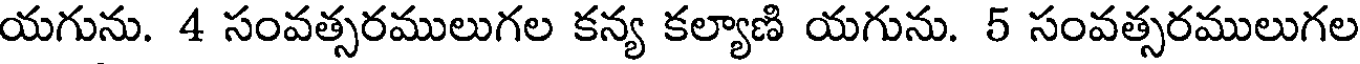
యగును. 4 సంవత్సరములుగల కన్య కల్యాణి యగును. 5 సంవత్సరములుగల